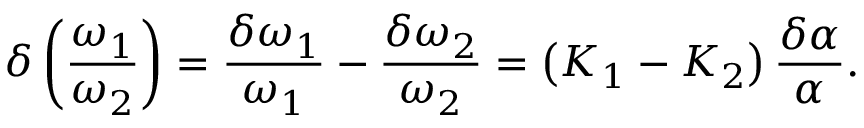
\delta \left( \frac { \omega _ { 1 } } { \omega _ { 2 } } \right) = \frac { \delta \omega _ { 1 } } { \omega _ { 1 } } - \frac { \delta \omega _ { 2 } } { \omega _ { 2 } } = \left( K _ { 1 } - K _ { 2 } \right) \frac { \delta \alpha } { \alpha } .